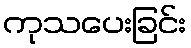
ကုသပေးခြင်း